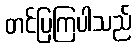
တင်ပြကြပါသည်